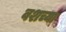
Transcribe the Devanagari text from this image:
वशच्या